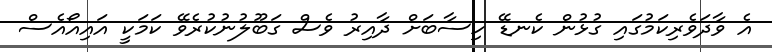
އެ ވާދަވެރިކަމުގައި ގުޅުން ކެނޑޭ ހިސާބަށް ދާއިރު ވެސް ގަބޫލުނުކުރެވޭ ކަމަކީ އައިއޯއެސް